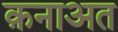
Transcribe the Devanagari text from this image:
क़नाअत